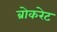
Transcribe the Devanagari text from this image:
ब्रोकरेट